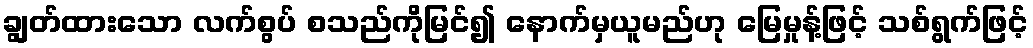
ချွတ်ထားသော လက်စွပ် စသည်ကိုမြင်၍ နောက်မှယူမည်ဟု မြေမှုန့်ဖြင့် သစ်ရွက်ဖြင့်